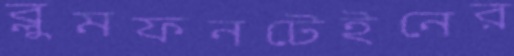
ব্লুমফনটেইনের